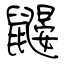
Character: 鼹